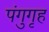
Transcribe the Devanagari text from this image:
पंगुगृह